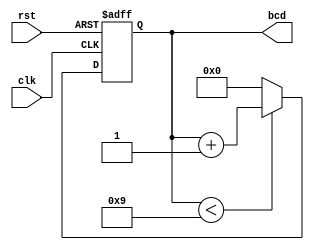
module bcd_counter (
    input wire clk,        // Clock signal
    input wire rst,        // Asynchronous reset signal
    output reg [3:0] bcd   // BCD output
);

// Always block triggered on the rising edge of the clock or reset
always @(posedge clk or posedge rst) begin
    if (rst) begin
        // Asynchronous reset: set count to 0
        bcd <= 4'b0000;
    end else begin
        // Increment logic
        if (bcd < 4'b1001) begin
            bcd <= bcd + 1; // Increment BCD value
        end else begin
            bcd <= 4'b0000; // Reset to 0 after reaching 9
        end
    end
end

endmodule